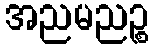
အညမညဉ္စ